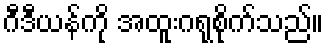
ဂီဒီယန်ကို အထူးဂရုစိုက်သည်။